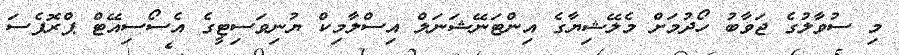
މި ސުވާލުގެ ޖަވާބު ހޯދުމަށް މެލޭޝިޔާގެ އިންޓަނޭޝަނަލް އިސްލާމިކް ޔުނިވަސިޓީގެ އެސޯސިއޭޓް ޕްރޮފެސަ